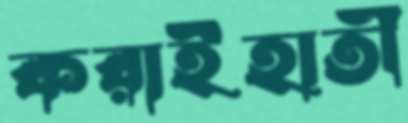
করাইহাতী